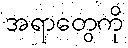
အရာတွေကို